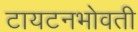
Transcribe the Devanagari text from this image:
टायटनभोवती